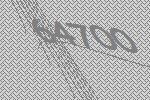
64700